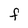
Character: F